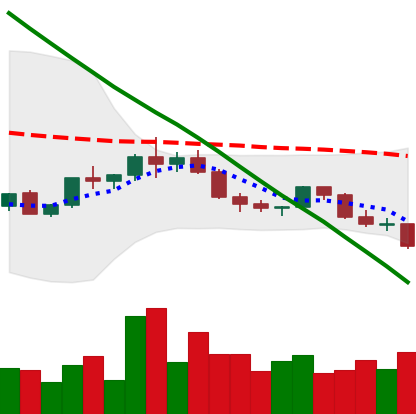
Ticker: ADA-USD
Chart end date: 2022-02-20
Forward return: -3.738%
Label: down_3_5